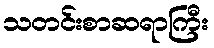
သတင်းစာဆရာကြီး